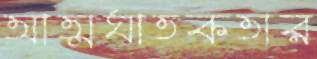
আত্মঘাতকতার